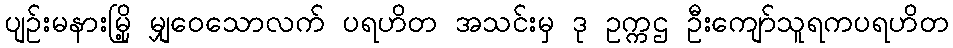
ပျဉ်းမနားမြို့ မျှဝေသောလက် ပရဟိတ အသင်းမှ ဒု ဥက္ကဌ ဦးကျော်သူရကပရဟိတ